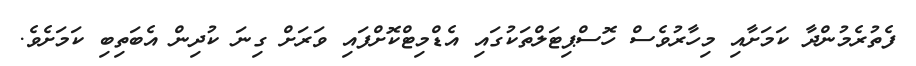
ފެތުރެމުންދާ ކަމަށާއި މިހާރުވެސް ހޮސްޕިޓަލްތަކުގައި އެޑްމިޓްކޮށްފައި ވަރަށް ގިނަ ކުދިން އެބަތިބި ކަމަށެވެ.